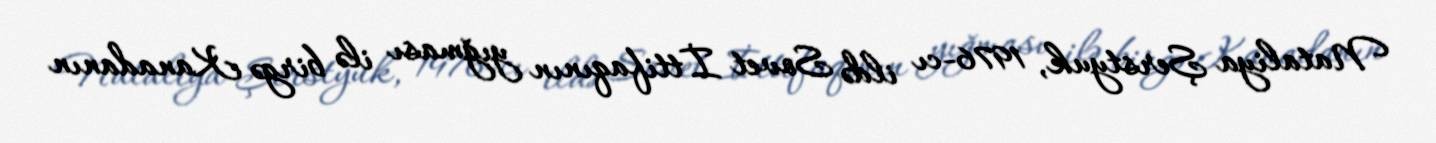
Nataliya Şerstyuk, 1976-cı ildə Sovet İttifaqının yığması ilə birgə Kanadanın